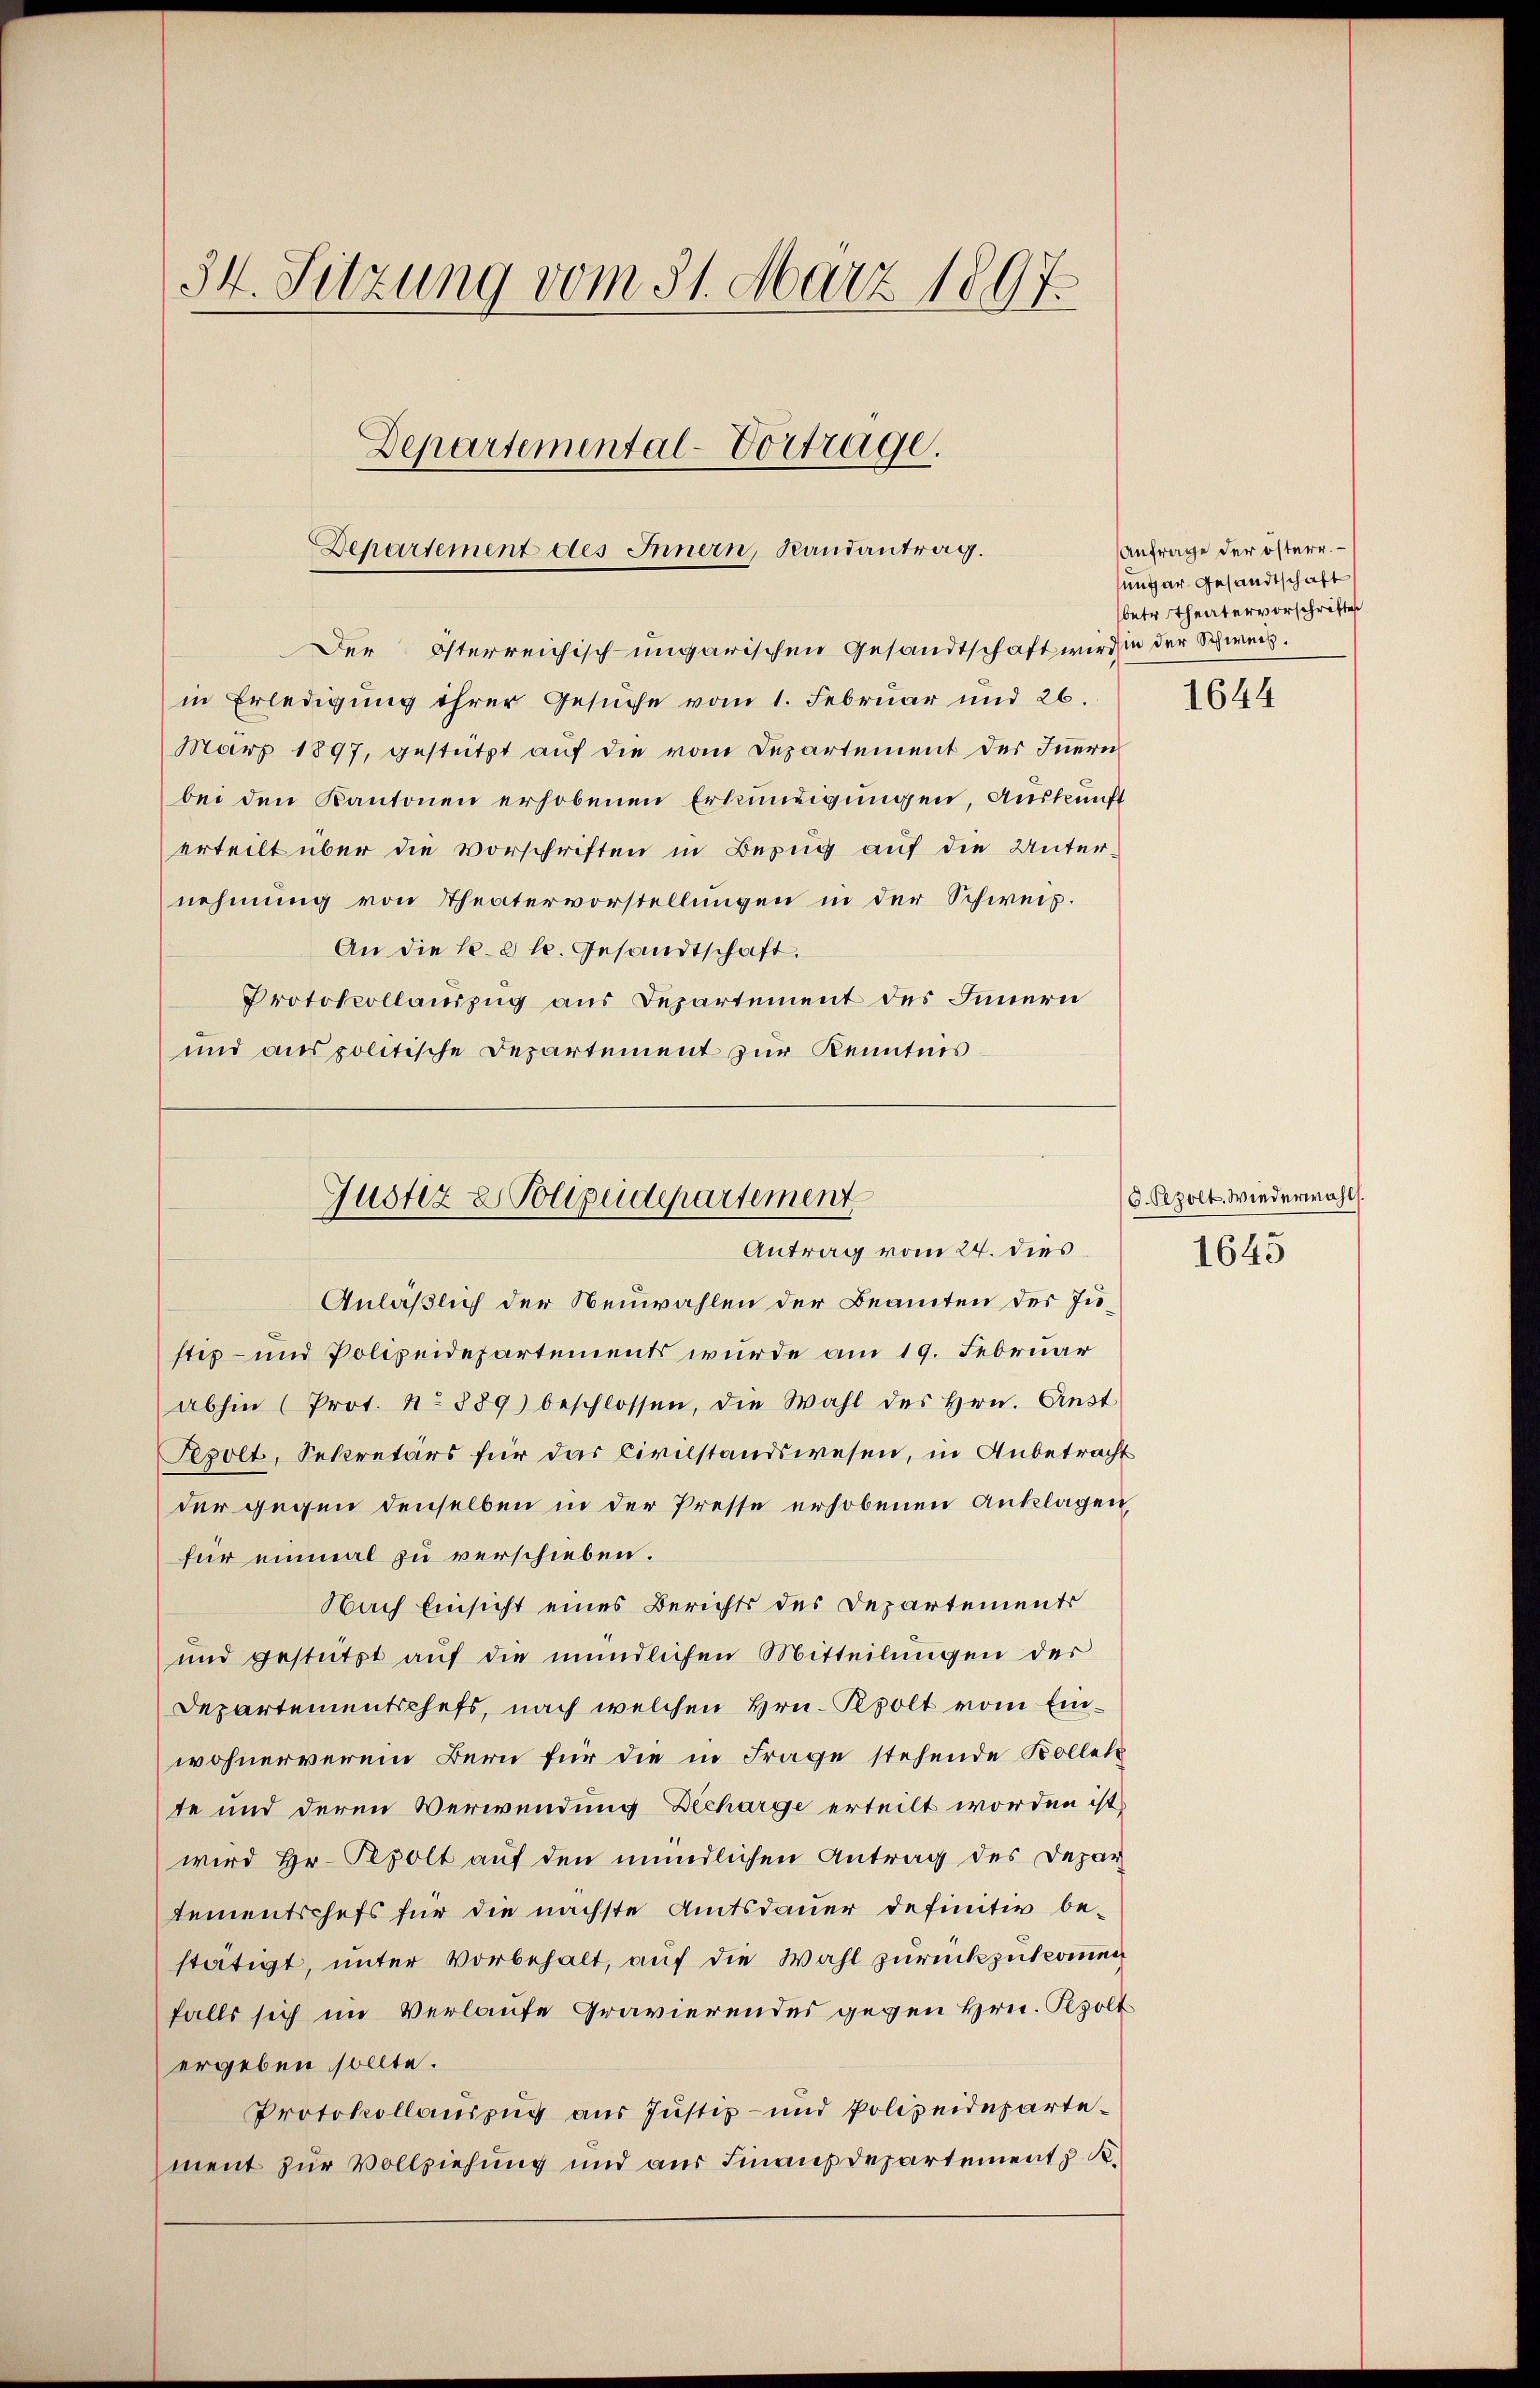
34. Sitzung vom 31. März 1897.
Departemental-Vortrage.
Departement des Innern, Randantrag.

in Erledigung ihrer Gesuche vom 1. Februar und 26.
März 1897, gestützt auf die vom Departement des Innern
bei den Kantonen erhobenen Erkundigungen, Auskunft
erteilt über die Vorschriften in Bezug auf die Unternehmung von Theatervorstellungen in der Schweiz.
An die l. 2 l. Gesandtschaft.
Protokollauszug aus Departement des Innern
und aus politische Departement zur Kenntnis

Der Osterreichisch ungarischen Gesandtschaft wird in der Schweiz.

Justiz & Polizeidepartement
Antrag vom 24. dies

Anfrage der österr.
ungar Gesandtschaft
betr. Theatervorschriften

Anläßlich der Neuwahlen der Beamten der Justiz- und Polizeidepartements wurde am 19. Februar
abhin (Prot. No 889) beschlossen, die Wahl des Hrn. Anst
Regolt, Sekretärs für das Civilstandswesen, in Anbetracht
der gegen denselben in der Presse erhobenen Anklagen
für einmal zu verschieben.
Nach Einsicht eines Berichts des Departements
und gestützt auf die mündlichen Mitteilungen der
Departementschefs, nach welchen Hrn. Rpolt vom Einwohnerverein Bern für die in Frage stehende Kollen
te und deren Verwendung Decharge erteilt worden ist,
wird Hr. Pepolt auf den mündlichen Antrag des Depar
tementschefs für die nächste Amtsdauer definitiv bestätigt, unter Vorbehalt, auf die Wahl zurückzukommen
falls sich im Verlaufe Gravierendes gegen Hrn. Szolt
ergeben sollte.
Protokollauszug aus Justiz- und Polizeidepartement zur Vollziehung und aus Finanzdepartement z. K.

1644

9. Pezolt. Wiederwahl.
1645